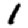
Digit: 1